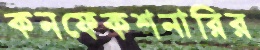
কনফেকশনারির